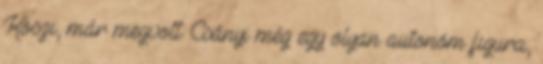
Köszi, már megvolt. Csányi még egy olyan autonóm figura,